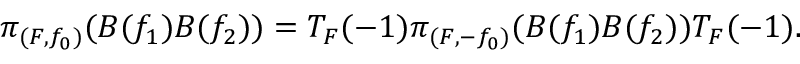
\pi _ { ( F , f _ { 0 } ) } ( B ( f _ { 1 } ) B ( f _ { 2 } ) ) = T _ { F } ( - 1 ) \pi _ { ( F , - f _ { 0 } ) } ( B ( f _ { 1 } ) B ( f _ { 2 } ) ) T _ { F } ( - 1 ) .